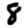
Digit: 8